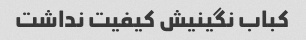
کباب نگینیش کیفیت نداشت